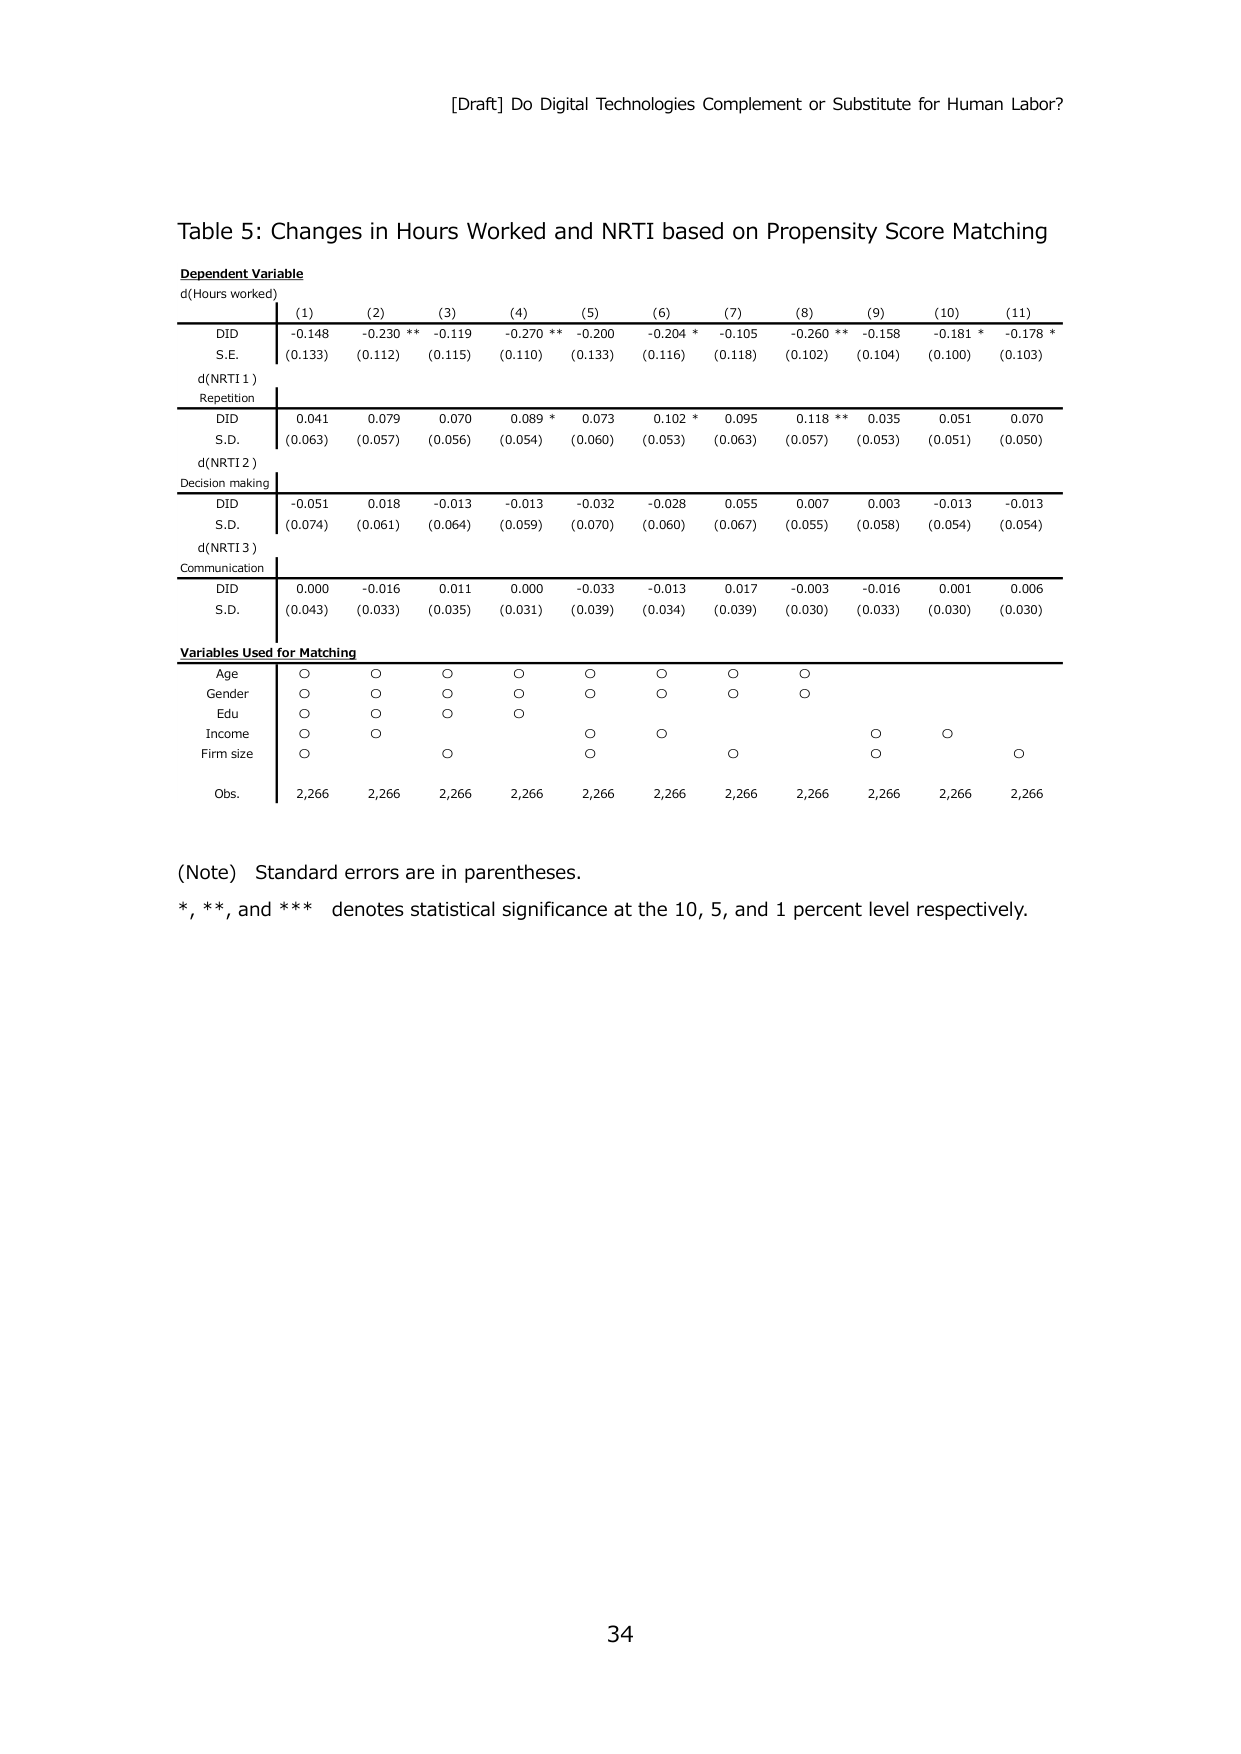
[Draft] Do Digital Technologies Complement or Substitute for Human Labor?

Table 5: Changes in Hours Worked and NRTI based on Propensity Score Matching

Dependent Variable
d(Hours worked)
(1) (2) (3) (4) (5) (6) (7) (8) (9) (10) (11)
DID -0.148 -0.230 ** -0.119 -0.270 ** -0.200 -0.204 * -0.105 -0.260 ** -0.158 -0.181 * -0.178 *
S.E. (0.133) (0.112) (0.115) (0.110) (0.133) (0.116) (0.118) (0.102) (0.104) (0.100) (0.103)

d(NRTI 1)
Repetition
DID 0.041 0.079 0.070 0.089 * 0.073 0.102 * 0.095 0.118 ** 0.035 0.051 0.070
S.D. (0.063) (0.057) (0.056) (0.054) (0.060) (0.053) (0.063) (0.057) (0.053) (0.051) (0.050)

d(NRTI 2)
Decision making
DID -0.051 0.018 -0.013 -0.013 -0.032 -0.028 0.055 0.007 0.003 -0.013 -0.013
S.D. (0.074) (0.061) (0.064) (0.059) (0.070) (0.060) (0.067) (0.055) (0.058) (0.054) (0.054)

d(NRTI 3)
Communication
DID 0.000 -0.016 0.011 0.000 -0.033 -0.013 0.017 -0.003 -0.016 0.001 0.006
S.D. (0.043) (0.033) (0.035) (0.031) (0.039) (0.034) (0.039) (0.030) (0.033) (0.030) (0.030)

Variables Used for Matching
Age O O O O O O O O
Gender O O O O O O O O
Edu O O O O
Income O O O O
Firm size O O O O
Obs. 2,266 2,266 2,266 2,266 2,266 2,266 2,266 2,266 2,266 2,266 2,266

(Note) Standard errors are in parentheses.
*, **, and *** denotes statistical significance at the 10, 5, and 1 percent level respectively.

34